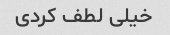
خیلی لطف کردی